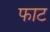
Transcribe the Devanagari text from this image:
फाट